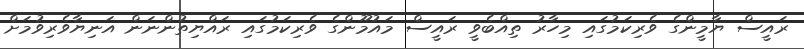
ރައީސް ޔާމީންގެ ވެރިކަމުގައި މިހާރު ތިއްބެވީ ރައީސް މައުމޫންގެ ވެރިކަމުގައި ރައްޔިތުންނަން އަނިޔާވެރިވުމަށް